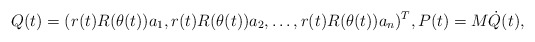
\begin{align*}Q(t)=(r(t)R(\theta(t))a_1,r(t)R(\theta(t))a_2,\ldots,r(t)R(\theta(t))a_n)^T,P(t)=M\dot{Q}(t),\end{align*}